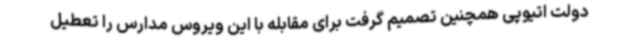
دولت اتیوپی همچنین تصمیم گرفت برای مقابله با این ویروس مدارس را تعطیل